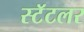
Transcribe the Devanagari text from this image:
स्टॅटलर